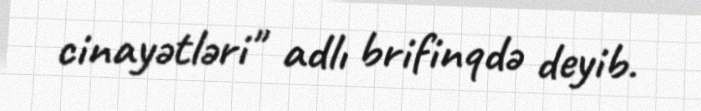
cinayətləri" adlı brifinqdə deyib.